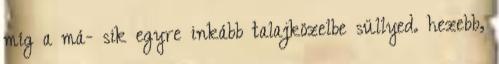
míg a má- sik egyre inkább talajközelbe süllyed. hezebb,